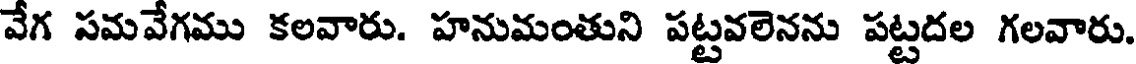
వేగ సమవేగము కలవారు. హనుమంతుని పట్టవలెనను పట్టదల గలవారు.